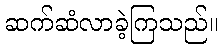
ဆက်ဆံလာခဲ့ကြသည်။